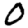
Digit: 0